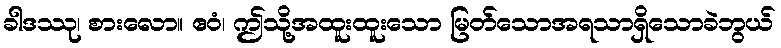
ခါဒဿု၊ စားလော။ ဧဝံ၊ ဤသို့အထူးထူးသော မြတ်သောအရသာရှိသောခဲဘွယ်